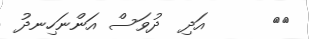
١٢      އަދި  ދުވަސް އަންނަހިނދު